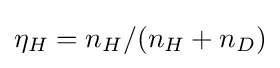
\eta _{H}=n_{H}/(n_{H}+n_{D})